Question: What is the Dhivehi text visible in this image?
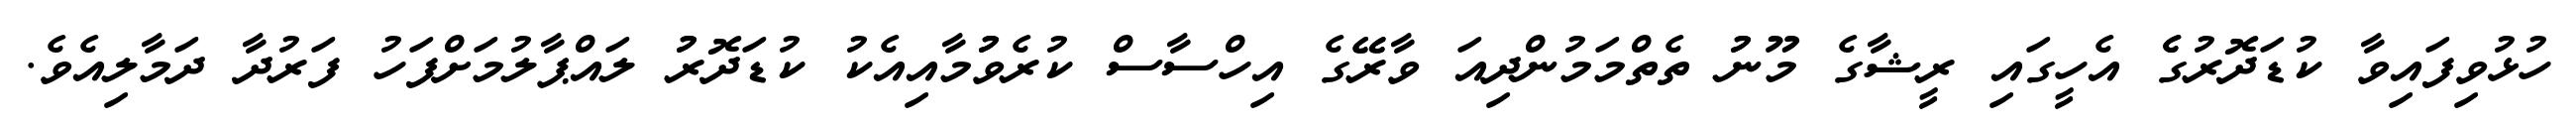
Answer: ހުޅުވިފައިވާ ކުޑަދޮރުގެެ އެހީގައި ރީޝާގެ މޫނުު ތެތްމަމުންދިއަ ވާރޭޭގެ އިހްސާސް ކުރެވުުމާއިއެކު ކުޑަދޮރުު ލައްޕާލުމަށްފަހު ފަރުދާ ދަމާލިއެވެ.